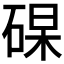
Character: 𥓖